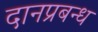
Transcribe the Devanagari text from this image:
दानप्रबन्ध